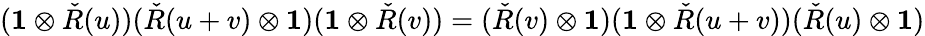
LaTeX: (\mathbf{1}\otimes{\check{R}}(u))({\check{R}}(u+v)\otimes\mathbf{1})(\mathbf{1}\otimes{\check{R}}(v))=({\check{R}}(v)\otimes\mathbf{1})(\mathbf{1}\otimes{\check{R}}(u+v))({\check{R}}(u)\otimes\mathbf{1})